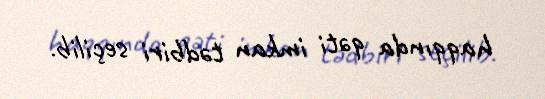
haqqında qəti imkan tədbiri seçilib.